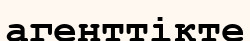
агенттікте